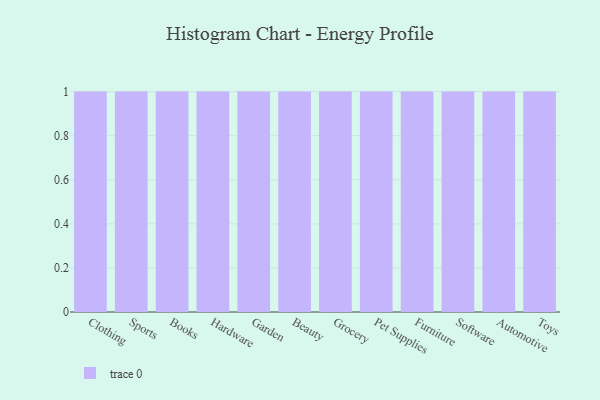
{"axis": {"x": "Category", "y": "Gross Profit (USD K)"}, "legend": [""], "data": [{"x": "Clothing", "y": 8, "type": ""}, {"x": "Sports", "y": 19, "type": ""}, {"x": "Books", "y": 55, "type": ""}, {"x": "Hardware", "y": 10, "type": ""}, {"x": "Garden", "y": 13, "type": ""}, {"x": "Beauty", "y": 63, "type": ""}, {"x": "Grocery", "y": 34, "type": ""}, {"x": "Pet Supplies", "y": 35, "type": ""}, {"x": "Furniture", "y": 37, "type": ""}, {"x": "Software", "y": 7, "type": ""}, {"x": "Automotive", "y": 76, "type": ""}, {"x": "Toys", "y": 45, "type": ""}]}